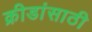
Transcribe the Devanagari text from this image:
क्रीडांसाठी